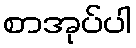
စာအုပ်ပါ